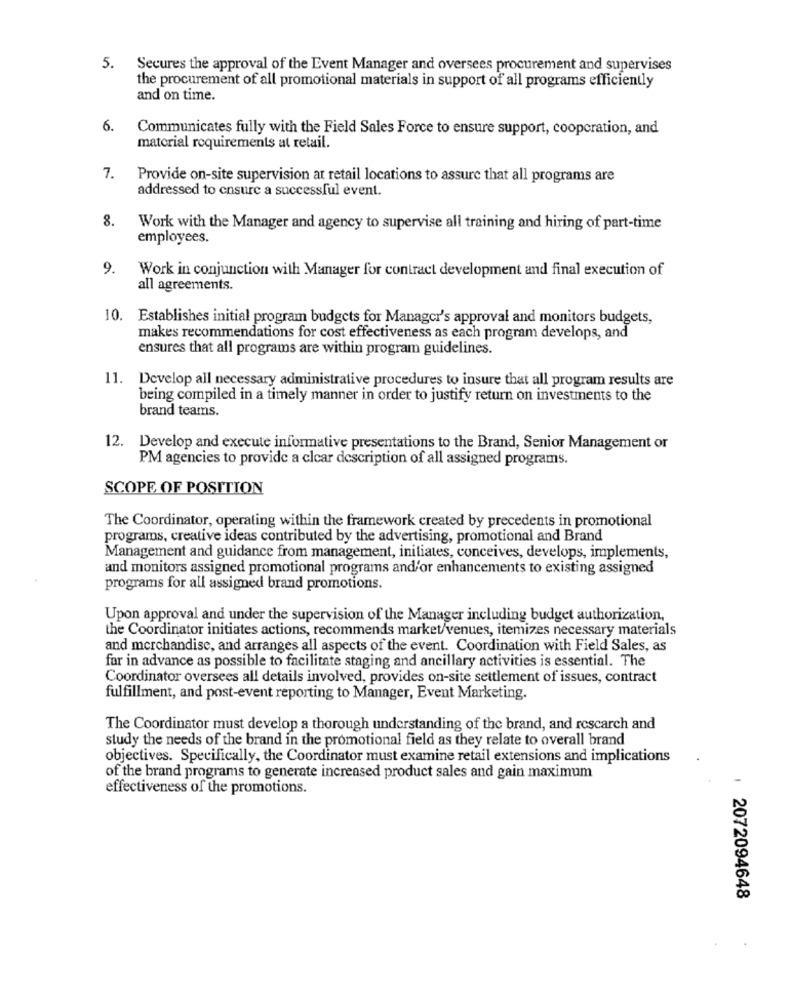
5.
Secures the approval of the Event Manager and oversees procurement and supervises
the procurement of all promotional materials in support of all programs efficiently
and on time.
6.
Communicates fully with the Field Sales Force to ensure support, cooperation, and
material requirements at retail.
7.
Provide on-site supervision at retail locations to assure that all programs are
addressed to ensure a successful event.
8.
Work with the Manager and agency to supervise all training and hiring of part-time
employees.
9.
Work in conjunction with Manager for contract development and final execution of
all agreements.
10. Establishes initial program budgets for Manager's approval and monitors budgets,
makes recommendations for cost effectiveness as each program develops, and
ensures that all programs are within program guidelines.
11. Develop all necessary administrative procedures to insure that all program results are
being compiled in a timely manner in order to justify return on investments to the
brand teams.
12. Develop and execute informative presentations to the Brand, Senior Management or
PM agencies to provide a clear description of all assigned programs.
SCOPE OF POSITION
The Coordinator, operating within the framework created by precedents in promotional
programs, creative ideas contributed by the advertising, promotional and Brand
Management and guidance from management, initiates, conceives, develops, implements,
and monitors assigned promotional programs and/or enhancements to existing assigned
programs for all assigned brand promotions.
Upon approval and under the supervision of the Manager including budget authorization,
the Coordinator initiates actions, recommends market/venues, itemizes necessary materials
and merchandise, and arranges all aspects of the event. Coordination with Field Sales, as
far in advance as possible to facilitate staging and ancillary activities is essential. The
Coordinator oversees all details involved, provides on-site settlement of issues, contract
fulfillment, and post-event reporting to Manager, Event Marketing.
The Coordinator must develop a thorough understanding of the brand, and rescarch and
study the needs of the brand in the promotional field as they relate to overall brand
objectives. Specifically, the Coordinator must examine retail extensions and implications
of the brand programs to generate increased product sales and gain maximum
effectiveness of the promotions.
2072094648